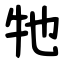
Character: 牠